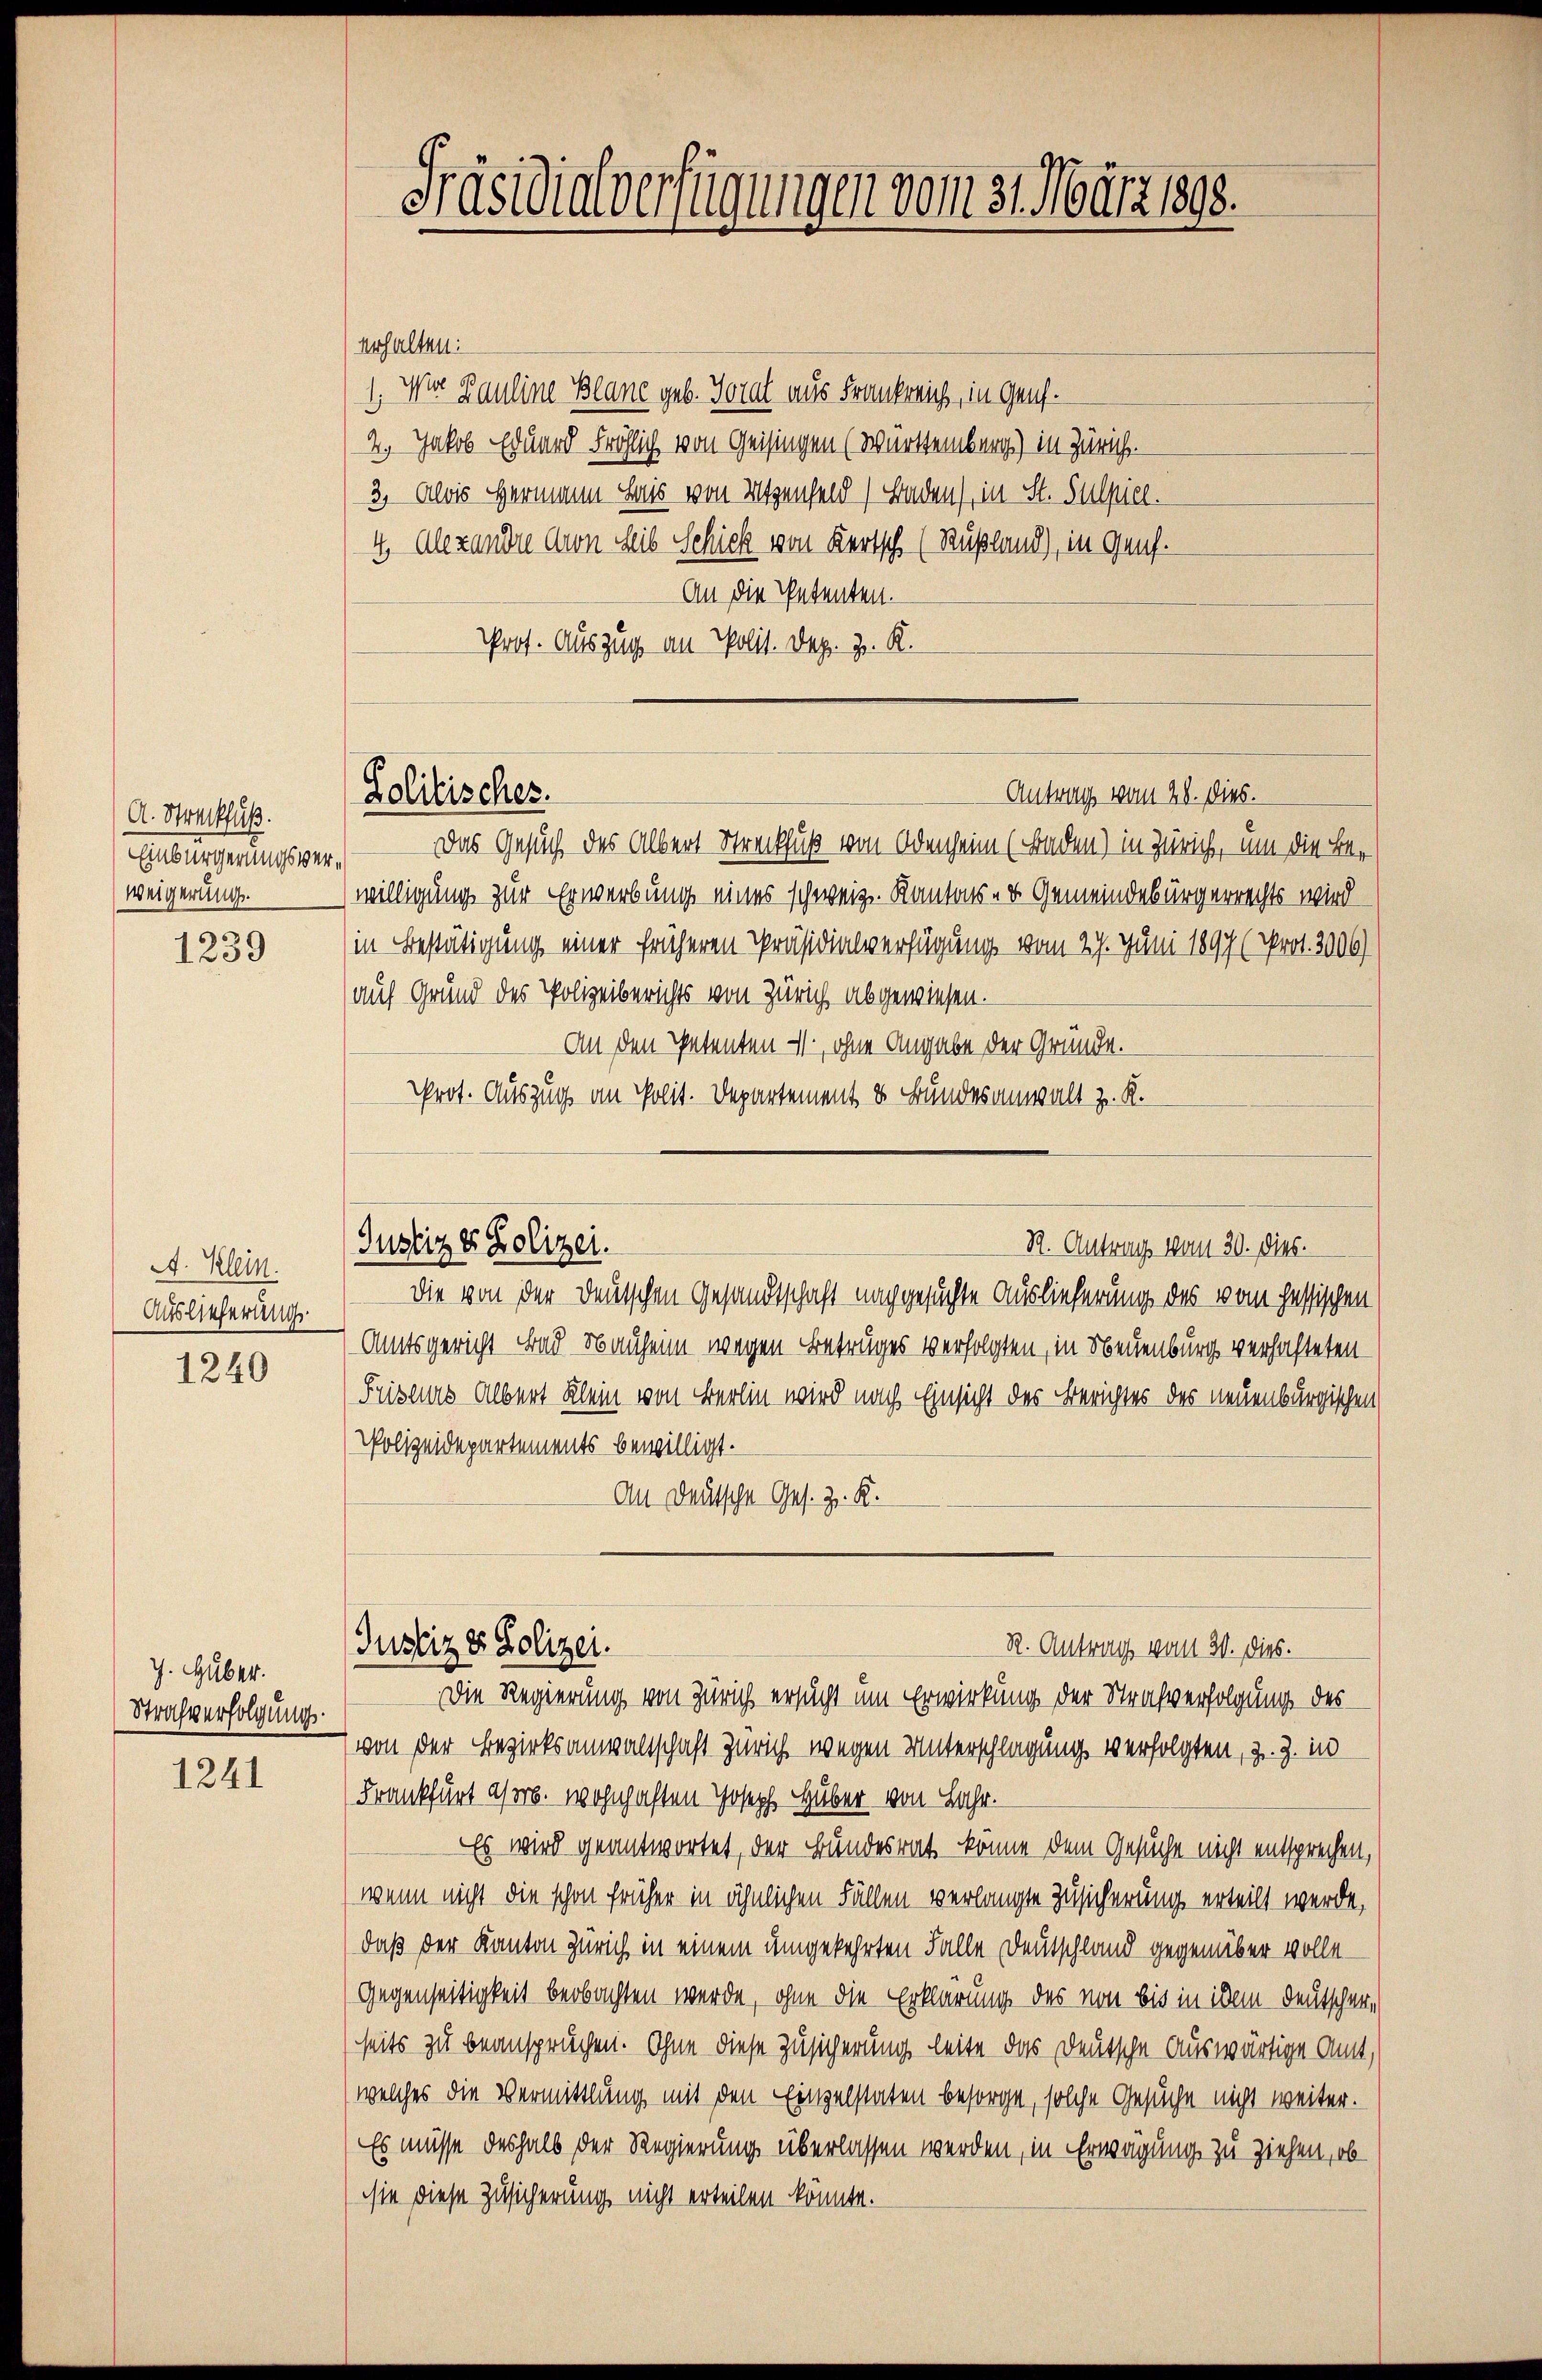
A. Streckfuß.
Einbürgerungsverweigerung.

1239

A. Klein.
Auslieferungs
1240

J. Huber.
Strafverfolgung.

1241

Präsidialverfügungen vom 31. März 1898.

erhalten:
1. Wir Bauline Blane geb. Horat aus Frankreich, in Genf.
2. Jakob Eduard Fröhlich von Geisingen (Württemberg) in Zürich.
3. Alois Hermann Bis von Utzenfeld Baden), in St. Sulpiel.
4. Alexandre cron Seit Schick von Kertsch (Rußland), in Genf.
An die Petenten.
Prof. Auszug an Polit. Dez. Z. K.

Lolitisches.

Antrag vom 28. dies.

Das Gesuch des Albert Streckfuß von Odenheim (Baden) in Zürich, um die Bewilligung zur Erwerbung eines schweiz. Kantons- u. Gemeindebürgerrechts wird
in Bestätigung einer früheren Präsidialverfügung vom 27. Juni 1897 (Prot. 3006)
auf Grund des Polizeiberichts von Zürich abgewiesen.
An den Petenten, ohne Angabe der Gründe.
Prot. Auszug an Polit. Departement & Bundesanwalt z. K.

Justiz & Polizei.
R. Antrag vom 30. Dies.
Die von der deutschen Gesandtschaft nachgesuchte Auslieferung des vom hessischen

Justiz & Polizei.
R. Antrag vom 20. dies.

Amtsgericht Bad Bauheim wegen Betruges verfolgten, in Neuenburg verhafteten
Fristes Albert Klein von Berlin wird nach Einsicht des Berichtes des neuenburgischen
Polizeidepartements bewilligt.
An Deutsche Ges. Z. K.
Die Regierung von Zürich ersucht um Erwirkung der Strafverfolgung des
von der Bezirksanwaltschaft Zürich wegen Unterschlagung verfolgten, z. Z. in
Frankfurt ahrb. wohnhaften Joseph Huber von Lahr.
Es wird geantwortet, der Bundesrat könne dem Gesuche nicht entsprechen,
(wenn nicht die schon früher in ähnlichen Fällen verlangte Zusicherung erteilt werde,
daß der Kanton Zürich in einem umgekehrten Falle Deutschland gegenüber volle
Gegenseitigkeit beobachten werde, ohne die Erklärung des von bis in idem Deutscherseits zu beanspruchen. Ohne diese Zusicherung leite das Deutsche Auswärtige Amt,
(welches die Vermittlung mit den Einzelstaten besorge, solche Gesuche nicht weiter.
Es müsse deshalb der Regierung überlassen werden, in Erwägung zu ziehen, ob
sie diese Zusicherung nicht erteilen könnte.